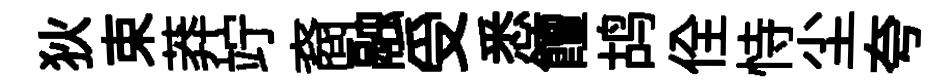
狄束莽竚裔融受悉饘鸪佺恃尘夸